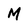
Character: M